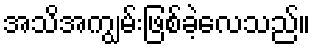
အသိအကျွမ်းဖြစ်ခဲ့လေသည်။